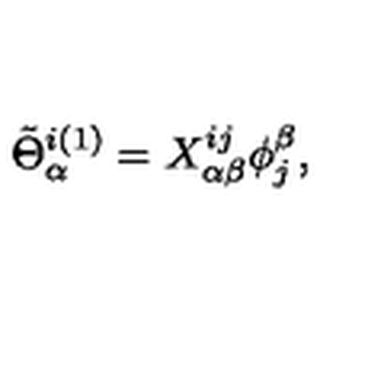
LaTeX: \tilde { \Theta } _ { \alpha } ^ { i ( 1 ) } = X _ { \alpha \beta } ^ { i j } \phi _ { j } ^ { \beta } ,